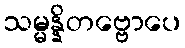
သမ္မန္နိတဗ္ဗောပေ